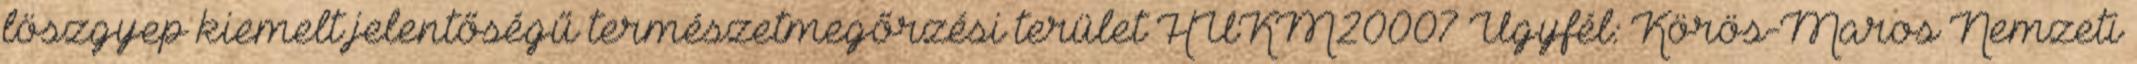
löszgyep kiemelt jelentőségű természetmegőrzési terület HUKM20007 Ügyfél: Körös-Maros Nemzeti